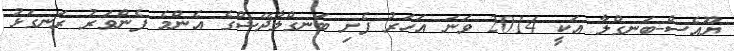
ޔޫއެސް-ބަނގްލާ އަކީ 2014 ވަނަ އަހަރު ފެށި ބަނގްލާދޭޝްގެ އެންމެ ފެންވަރު ރަނގަޅު